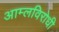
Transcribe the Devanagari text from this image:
आम्लविरोधी